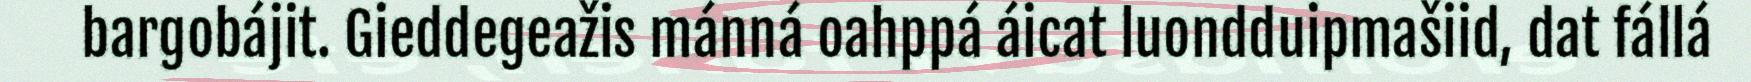
bargobájit. Gieddegeažis mánná oahppá áicat luondduipmašiid, dat fállá